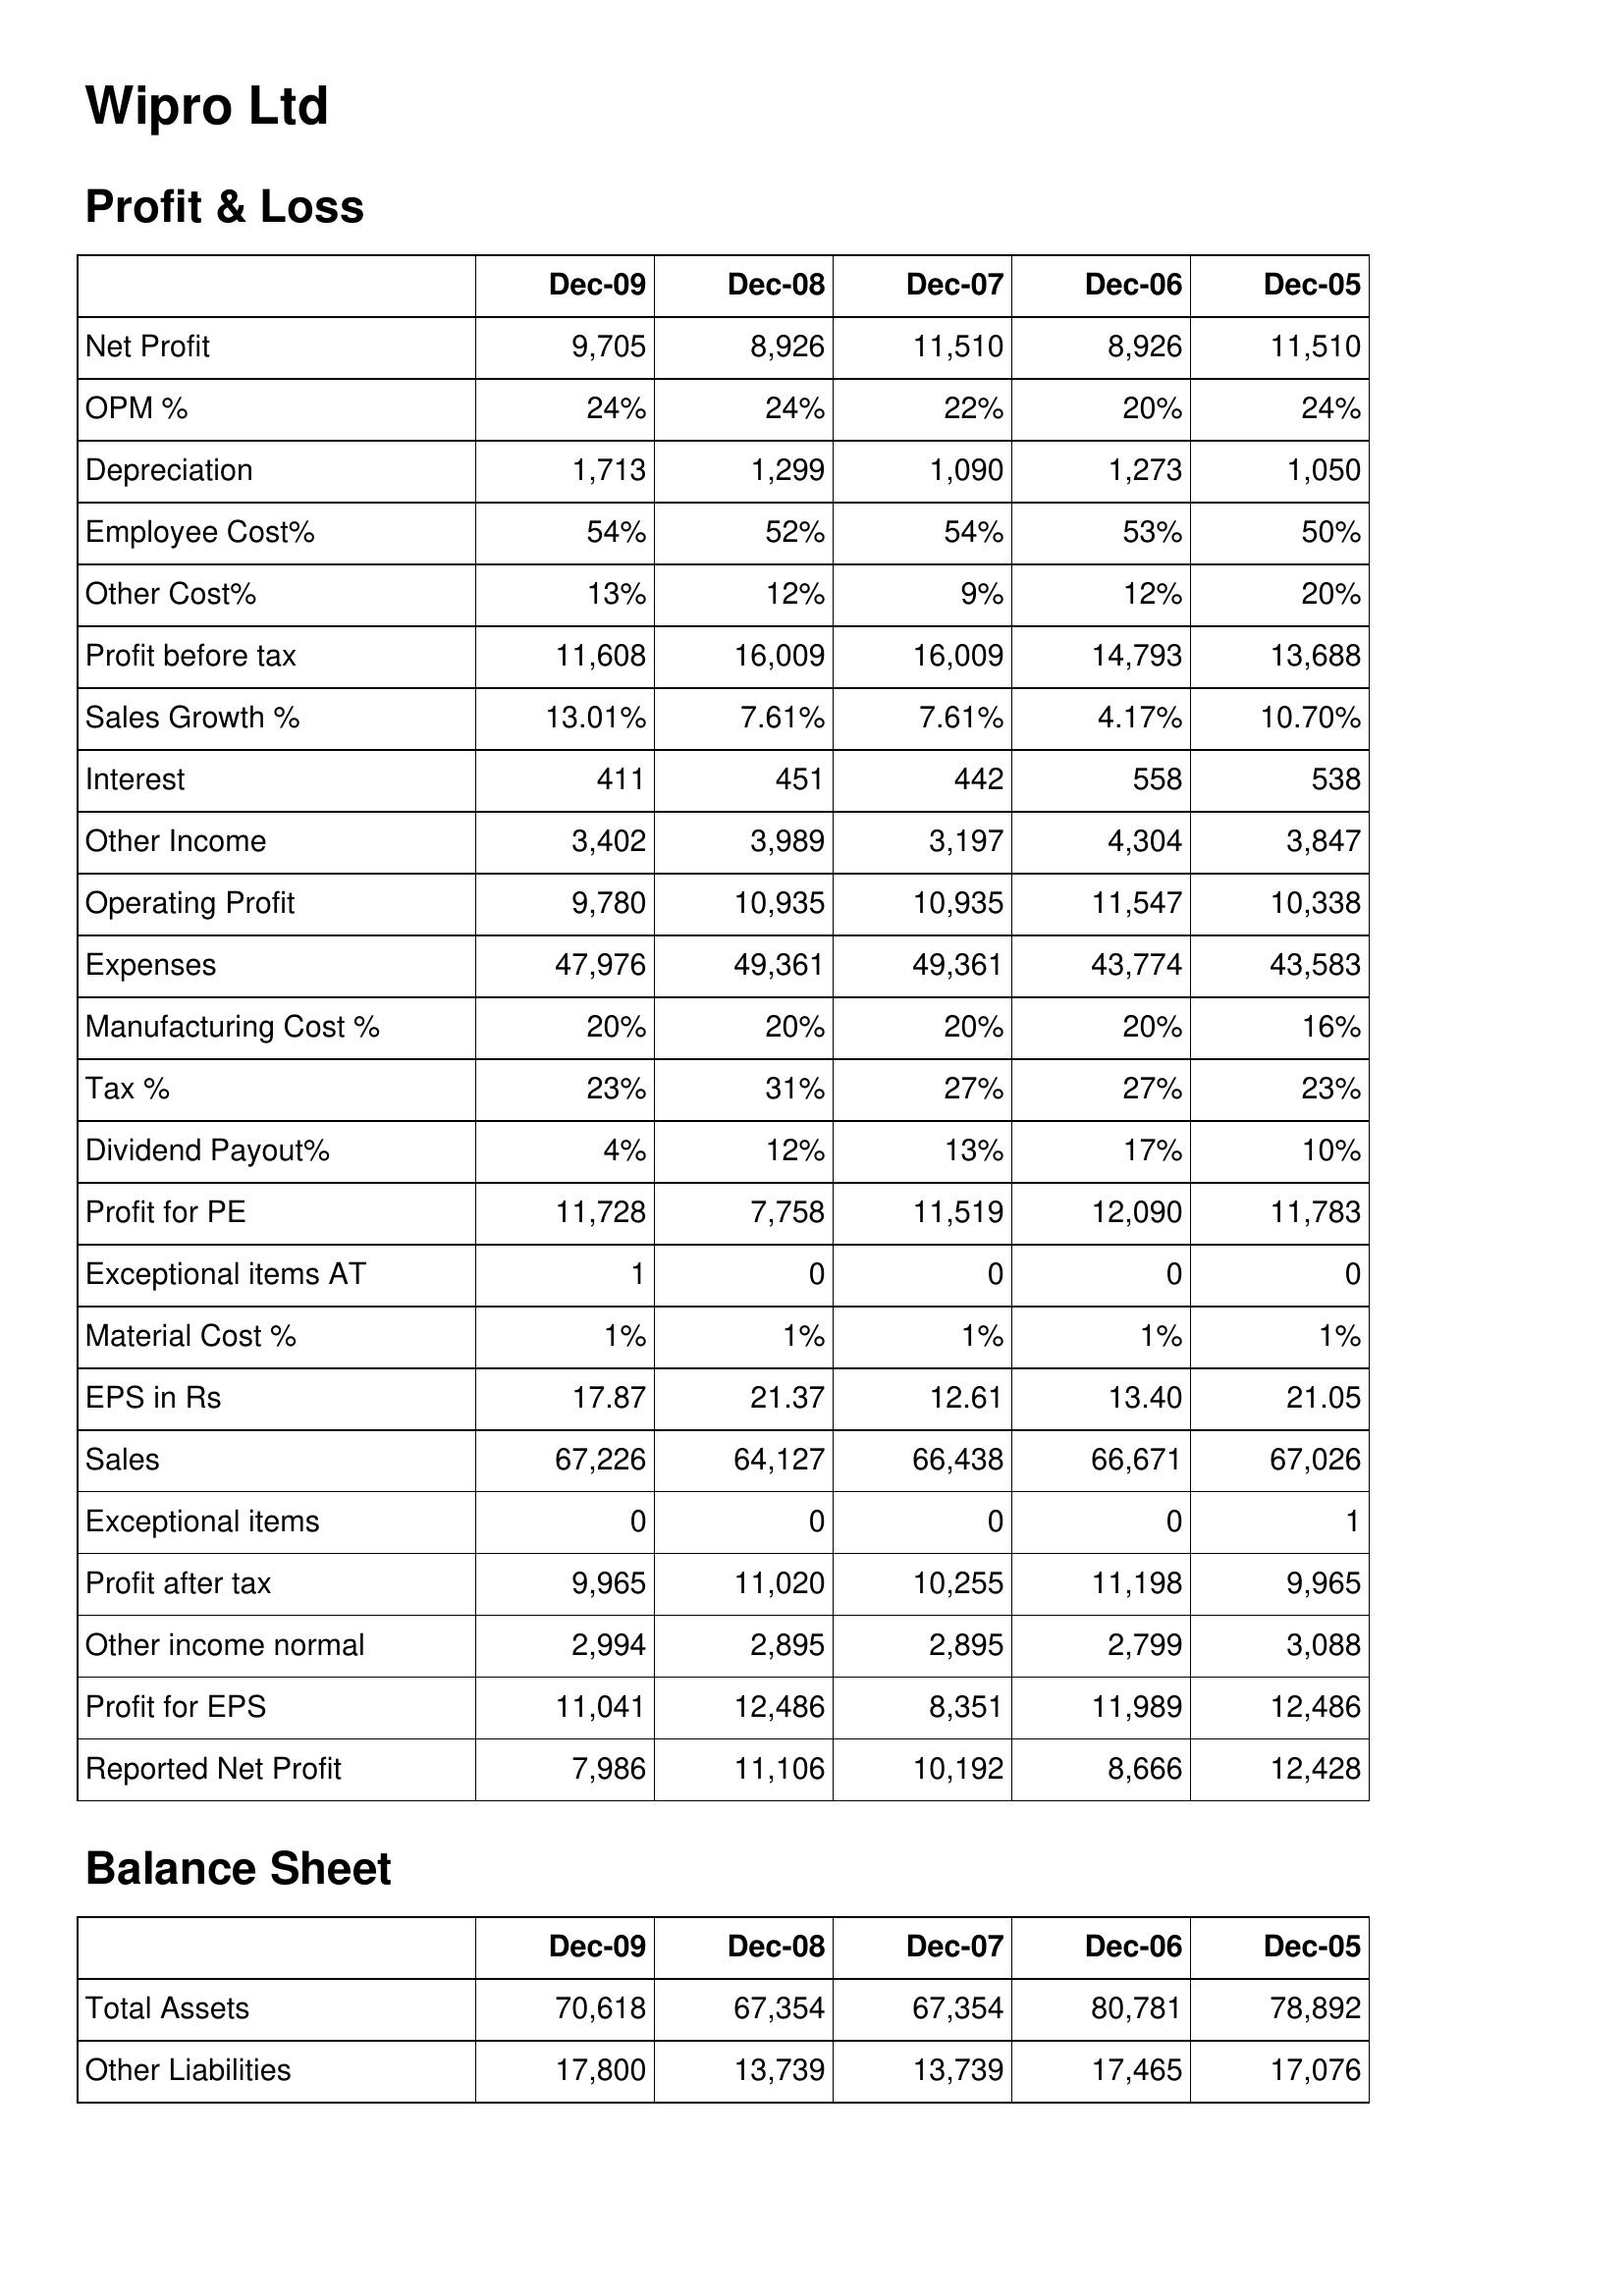
Dec-09: Profit & Loss: Net Profit: 9,705
OPM %: 24%
Depreciation: 1,713
Employee Cost%: 54%
Other Cost%: 13%
Profit before tax: 11,608
Sales Growth %: 13.01%
Interest: 411
Other Income: 3,402
Operating Profit: 9,780
Expenses: 47,976
Manufacturing Cost %: 20%
Tax %: 23%
Dividend Payout%: 4%
Profit for PE: 11,728
Exceptional items AT: 1
Material Cost %: 1%
EPS in Rs: 17.87
Sales: 67,226
Exceptional items: 0
Profit after tax: 9,965
Other income normal: 2,994
Profit for EPS: 11,041
Reported Net Profit: 7,986
Balance Sheet: Total Assets: 70,618
Other Liabilities: 17,800
Dec-08: Profit & Loss: Net Profit: 8,926
OPM %: 24%
Depreciation: 1,299
Employee Cost%: 52%
Other Cost%: 12%
Profit before tax: 16,009
Sales Growth %: 7.61%
Interest: 451
Other Income: 3,989
Operating Profit: 10,935
Expenses: 49,361
Manufacturing Cost %: 20%
Tax %: 31%
Dividend Payout%: 12%
Profit for PE: 7,758
Exceptional items AT: 0
Material Cost %: 1%
EPS in Rs: 21.37
Sales: 64,127
Exceptional items: 0
Profit after tax: 11,020
Other income normal: 2,895
Profit for EPS: 12,486
Reported Net Profit: 11,106
Balance Sheet: Total Assets: 67,354
Other Liabilities: 13,739
Dec-07: Profit & Loss: Net Profit: 11,510
OPM %: 22%
Depreciation: 1,090
Employee Cost%: 54%
Other Cost%: 9%
Profit before tax: 16,009
Sales Growth %: 7.61%
Interest: 442
Other Income: 3,197
Operating Profit: 10,935
Expenses: 49,361
Manufacturing Cost %: 20%
Tax %: 27%
Dividend Payout%: 13%
Profit for PE: 11,519
Exceptional items AT: 0
Material Cost %: 1%
EPS in Rs: 12.61
Sales: 66,438
Exceptional items: 0
Profit after tax: 10,255
Other income normal: 2,895
Profit for EPS: 8,351
Reported Net Profit: 10,192
Balance Sheet: Total Assets: 67,354
Other Liabilities: 13,739
Dec-06: Profit & Loss: Net Profit: 8,926
OPM %: 20%
Depreciation: 1,273
Employee Cost%: 53%
Other Cost%: 12%
Profit before tax: 14,793
Sales Growth %: 4.17%
Interest: 558
Other Income: 4,304
Operating Profit: 11,547
Expenses: 43,774
Manufacturing Cost %: 20%
Tax %: 27%
Dividend Payout%: 17%
Profit for PE: 12,090
Exceptional items AT: 0
Material Cost %: 1%
EPS in Rs: 13.40
Sales: 66,671
Exceptional items: 0
Profit after tax: 11,198
Other income normal: 2,799
Profit for EPS: 11,989
Reported Net Profit: 8,666
Balance Sheet: Total Assets: 80,781
Other Liabilities: 17,465
Dec-05: Profit & Loss: Net Profit: 11,510
OPM %: 24%
Depreciation: 1,050
Employee Cost%: 50%
Other Cost%: 20%
Profit before tax: 13,688
Sales Growth %: 10.70%
Interest: 538
Other Income: 3,847
Operating Profit: 10,338
Expenses: 43,583
Manufacturing Cost %: 16%
Tax %: 23%
Dividend Payout%: 10%
Profit for PE: 11,783
Exceptional items AT: 0
Material Cost %: 1%
EPS in Rs: 21.05
Sales: 67,026
Exceptional items: 1
Profit after tax: 9,965
Other income normal: 3,088
Profit for EPS: 12,486
Reported Net Profit: 12,428
Balance Sheet: Total Assets: 78,892
Other Liabilities: 17,076